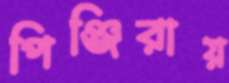
পিঞ্জিরায়